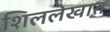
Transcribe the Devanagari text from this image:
शिललेखात